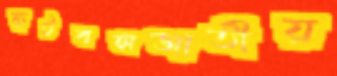
ফুটবলজাতীয়